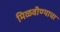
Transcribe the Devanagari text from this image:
मिळवीण्याचा